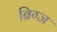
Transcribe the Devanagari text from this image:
ब्रिग्ज